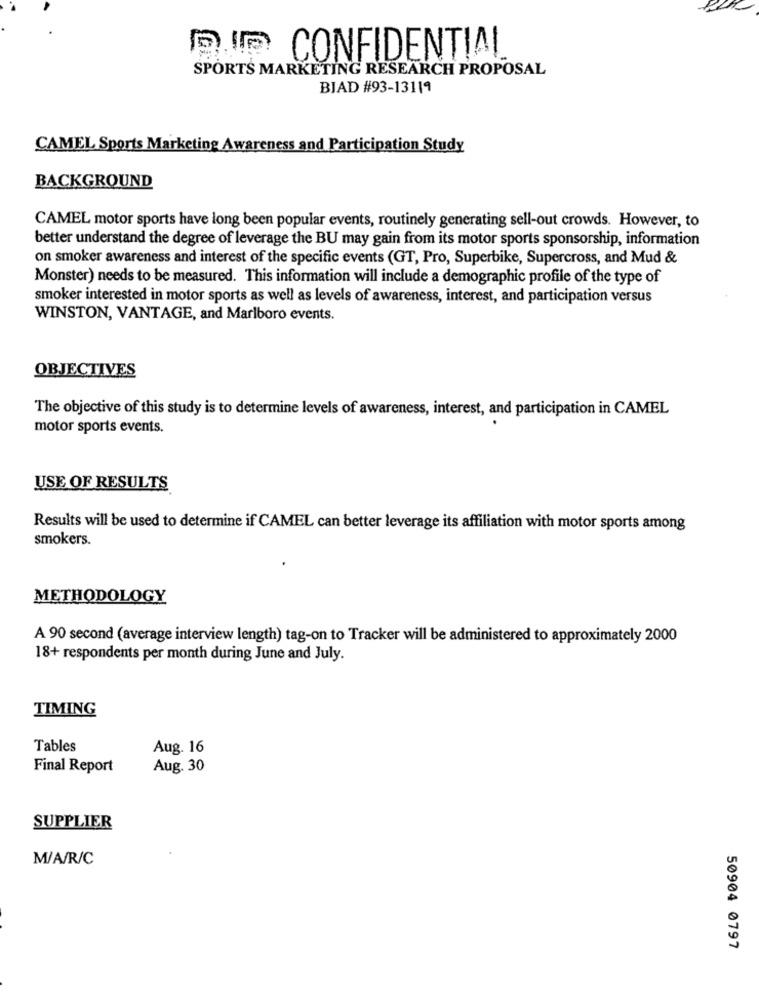
CONFIDENTIAL
SPORTS MARKETING RESEARCH PROPOSAL
BIAD #93-13119
CAMEL Sports Marketing Awareness and Participation Study
BACKGROUND
CAMEL motor sports have long been popular events, routinely generating sell-out crowds. However, to
better understand the degree of leverage the BU may gain from its motor sports sponsorship, information
on smoker awareness and interest of the specific events (GT, Pro, Superbike, Supercross, and Mud &
Monster) needs to be measured. This information will include a demographic profile of the type of
smoker interested in motor sports as well as levels of awareness, interest, and participation versus
WINSTON, VANTAGE, and Marlboro events.
OBJECTIVES
The objective of this study is to determine levels of awareness, interest, and participation in CAMEL
motor sports events.
USE OF RESULTS
Results will be used to determine if CAMEL can better leverage its affiliation with motor sports among
smokers.
METHODOLOGY
A 90 second (average interview length) tag-on to Tracker will be administered to approximately 2000
18+ respondents per month during June and July.
TIMING
Tables
Aug. 16
Final Report
Aug. 30
SUPPLIER
M/A/R/C
50904 0797